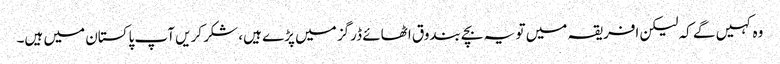
وہ کہیں گے کہ لیکن افریقہ میں تو یہ بچے بندوق اٹھائے ڈرگز میں پڑے ہیں، شکر کریں آپ پاکستان میں ہیں۔